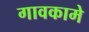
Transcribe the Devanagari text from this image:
गावकामे